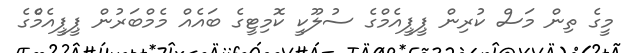
މީގެ ތިން މަސް ކުރިން ޕީޕީއެމްގެ ސުލޫކީ ކޮމިޓީގެ ބައެއް މެމްބަރުން ޕީޕީއެމްެގެ